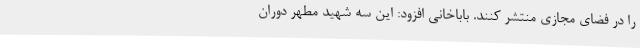
را در فضای مجازی منتشر کنند. باباخانی افزود: این سه شهید مطهر دوران